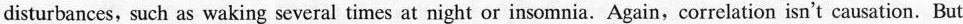
disturbances, such as waking several times at night or insomnia. Again, correlation isn't causation. But